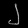
Digit: ၂